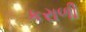
કરાળી